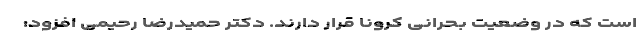
است که در وضعیت بحرانی کرونا قرار دارند. دکتر حمیدرضا رحیمی افزود: